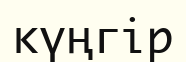
күңгір